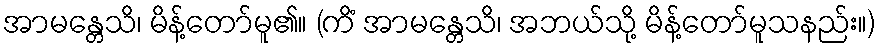
အာမန္တေသိ၊ မိန့်တော်မူ၏။ (ကိံ အာမန္တေသိ၊ အဘယ်သို့ မိန့်တော်မူသနည်း။)